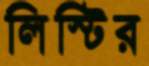
লিস্টির